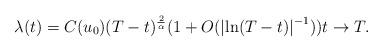
LaTeX: \begin{align*} \lambda(t) = C(u_0) (T-t)^{\frac{2 }{\alpha }} (1 + O(\left|\ln(T-t) \right|^{-1}) ) t \to T. \end{align*}